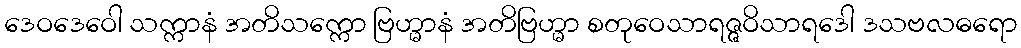
ဒေဝဒေဝေါ သက္ကာနံ အတိသက္ကော ဗြဟ္မာနံ အတိဗြဟ္မာ စတုဝေသာရဇ္ဇဝိသာရဒေါ ဒသဗလဓရော